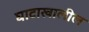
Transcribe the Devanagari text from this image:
घाटाखालील